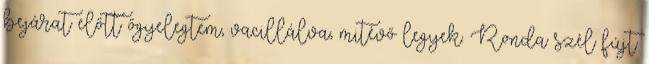
bejárat előtt őgyelegtem, vacillálva, mitévő legyek. Ronda szél fújt